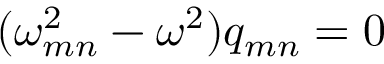
( \omega _ { m n } ^ { 2 } - \omega ^ { 2 } ) q _ { m n } = 0